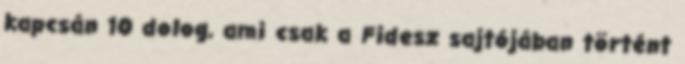
kapcsán 10 dolog, ami csak a Fidesz sajtójában történt